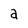
Character: a